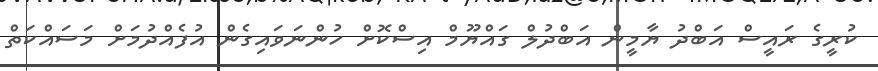
ކުރީގެ ރައީސް އަބްދު ޔާމީން އަބްދުލް ގައްޔޫމް އިސްކޮށް ހުންނަވައިގެން އުފެއްދުމަށް މަސައްކަތް